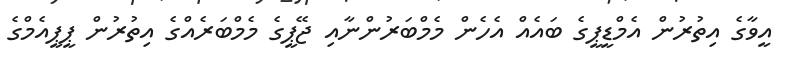
އީވާގެ އިތުރުން އެމްޑީޕީގެ ބައެއް އެހެން މެމްބަރުންނާއި ޖޭޕީގެ މެމްބަރެއްގެ އިތުރުން ޕީޕީއެމްގެ